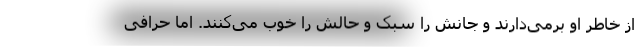
از خاطر او برمی‌دارند و جانش را سبک و حالش را خوب می‌کنند. اما حرافی